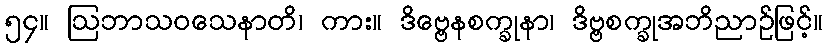
၅၄။ ဩဘာသဝသေနာတိ၊ ကား။ ဒိဗ္ဗေနစက္ခုနာ၊ ဒိဗ္ဗစက္ခုအဘိညာဉ်ဖြင့်။